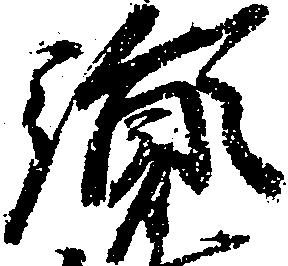
胤